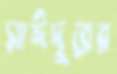
সাঈদুরের